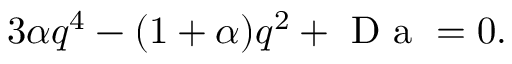
3 \alpha q ^ { 4 } - ( 1 + \alpha ) q ^ { 2 } + \mathrm { ~ D ~ a ~ } = 0 .